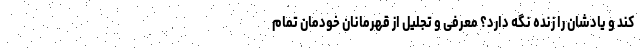
کند و یادشان را زنده نگه دارد؟ معرفی و تجلیل از قهرمانان خودمان تمام